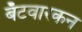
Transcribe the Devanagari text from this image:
बँटवारकन